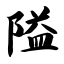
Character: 隘